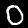
Digit: 0